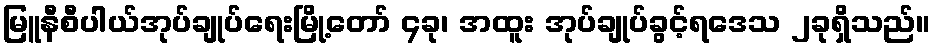
မြူနီစီပါယ်အုပ်ချုပ်ရေးမြို့တော် ၄ခု၊ အထူး အုပ်ချုပ်ခွင့်ရဒေသ ၂ခုရှိသည်။